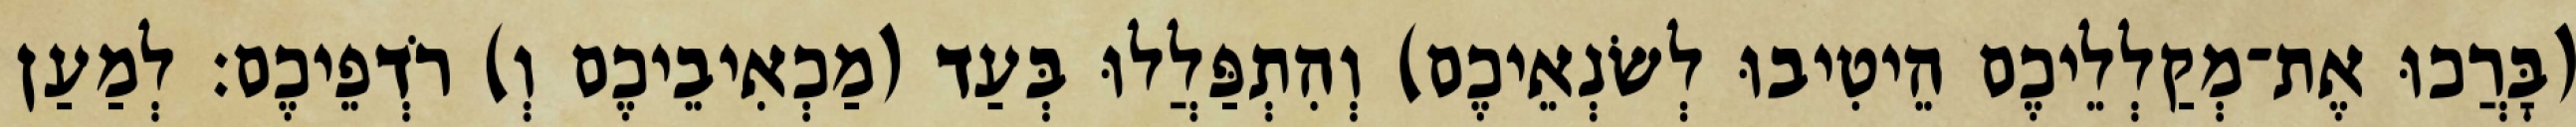
(בָּרֲכוּ אֶת־מְקַלְלֵיכֶם הֵיטִיבוּ לְשׂנְאֵיכֶם) וְהִתְפַּלֲלוּ בְּעַד (מַכְאִיבֵיכֶם וְ) רֹדְפֵיכֶם׃ לְמַעַן